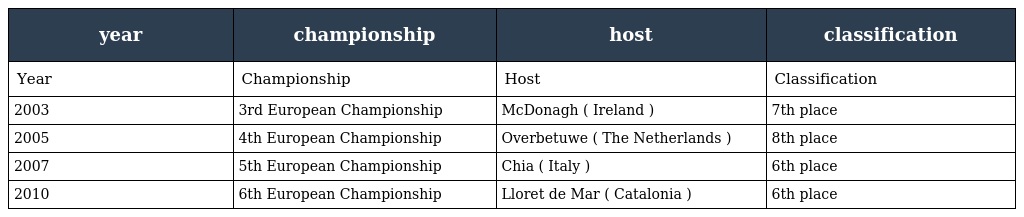
| year | championship | host | classification |
 | --- | --- | --- | --- |
 | Year | Championship | Host | Classification |
 | 2003 | 3rd European Championship | McDonagh ( Ireland ) | 7th place |
 | 2005 | 4th European Championship | Overbetuwe ( The Netherlands ) | 8th place |
 | 2007 | 5th European Championship | Chia ( Italy ) | 6th place |
 | 2010 | 6th European Championship | Lloret de Mar ( Catalonia ) | 6th place |